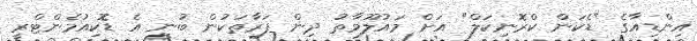
އިންޑިއާގެ "ޑެކަން ކްރޮނިކަލް" އަށް މައުލޫމާތު ދިން ފަރާތަކުން ބުނީ އެ ޑޮކިއުމެންޓްރީ